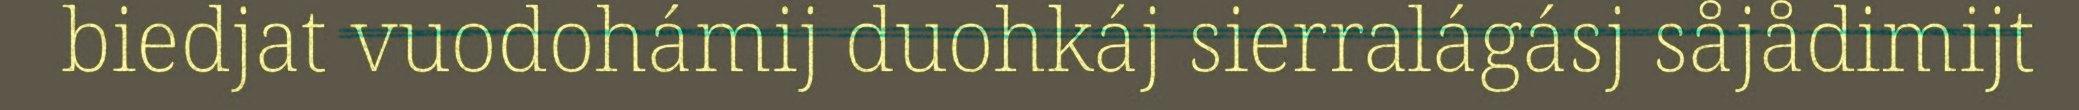
biedjat vuodohámij duohkáj sierralágásj såjådimijt